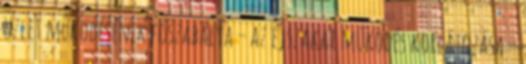
üzlet működésének főszabálya – az éjszakai működés korlátozása –